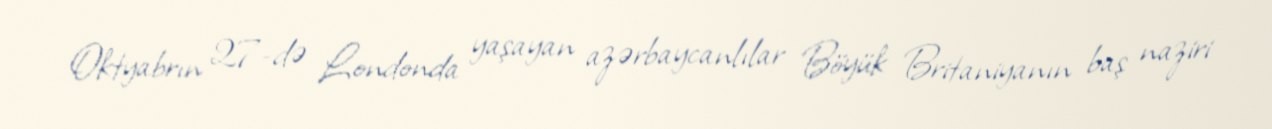
Oktyabrın 27-də Londonda yaşayan azərbaycanlılar Böyük Britaniyanın baş naziri